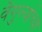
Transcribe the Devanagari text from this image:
वेंगुर्ल्याच्या